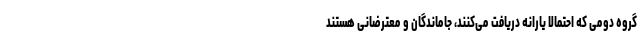
گروه دومی که احتمالا یارانه دریافت می‌کنند، جاماندگان و معترضانی هستند